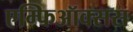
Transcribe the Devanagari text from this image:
एम्फिऑक्सस